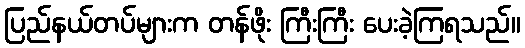
ပြည်နယ်တပ်များက တန်ဖိုး ကြီးကြီး ပေးခဲ့ကြရသည်။